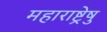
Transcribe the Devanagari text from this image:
महाराष्ट्रेषु